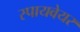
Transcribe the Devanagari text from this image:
स्पायवेयर